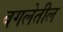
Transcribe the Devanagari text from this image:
बगलेतील